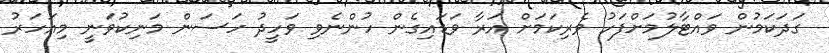
ގަދަކަމުން ވައްޓާލުމަށްފަހު ވެރިކަމަށް އަރާ ވަޑައިގެން ހުންނެވި ވަހީދު ހަސަން މަނިކުވަނީ މިއަހަރު